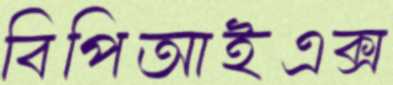
বিপিআইএক্স